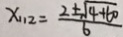
x _ { 1 1 2 } = \frac { 2 \pm \sqrt { 4 + 6 0 } } { 6 }